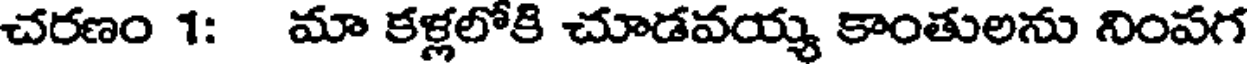
చరణం 1: మా కళ్లలోకి చూడవయ్య కాంతులను నింపగ